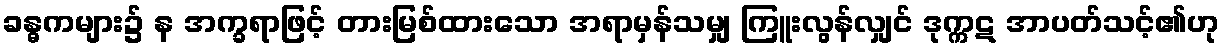
ခန္ဓကများ၌ န အက္ခရာဖြင့် တားမြစ်ထားသော အရာမှန်သမျှ ကြူးလွန်လျှင် ဒုက္ကဋ အာပတ်သင့်၏ဟု